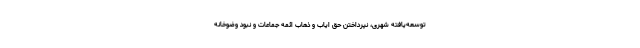
توسعه‌یافته شهری، نپرداختن حق ایاب و ذهاب ائمه جماعات و نبود وضوخانه